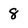
Character: 8